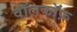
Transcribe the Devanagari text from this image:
वॉलकॉफ़